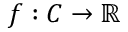
f : C \to \mathbb { R }